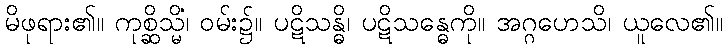
မိဖုရား၏။ ကုစ္ဆိသ္မိံ၊ ဝမ်း၌။ ပဋိသန္ဓိ၊ ပဋိသန္ဓေကို။ အဂ္ဂဟေသိ၊ ယူလေ၏။